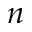
n